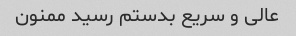
عالی و سریع بدستم رسید ممنون